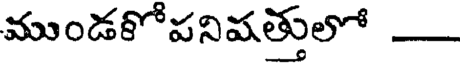
ముండకోపనిషత్తులో -